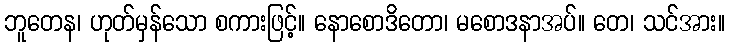
ဘူတေန၊ ဟုတ်မှန်သော စကားဖြင့်။ နောစောဒိတော၊ မစောဒနာအပ်။ တေ၊ သင်အား။